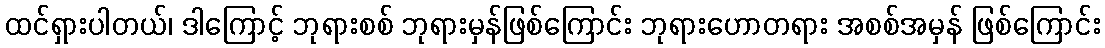
ထင်ရှားပါတယ်၊ ဒါကြောင့် ဘုရားစစ် ဘုရားမှန်ဖြစ်ကြောင်း ဘုရားဟောတရား အစစ်အမှန် ဖြစ်ကြောင်း